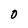
Character: O